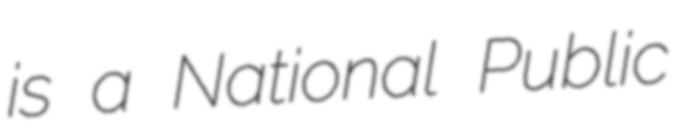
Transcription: is a National Public